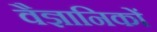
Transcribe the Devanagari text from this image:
वैज्ञानिकों